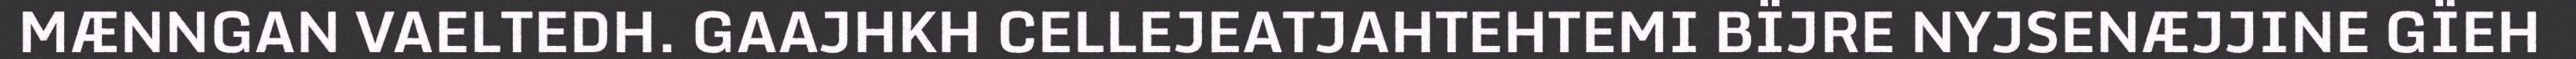
MÆNNGAN VAELTEDH. GAAJHKH CELLEJEATJAHTEHTEMI BÏJRE NYJSENÆJJINE GÏEH